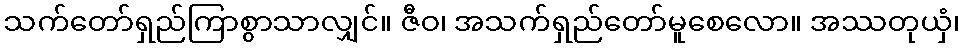
သက်တော်ရှည်ကြာစွာသာလျှင်။ ဇီဝ၊ အသက်ရှည်တော်မူစေလော။ အဿတုယှံ၊